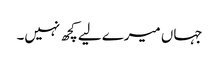
جہاں میرے لیے کچھ نہیں۔